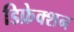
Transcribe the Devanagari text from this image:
डिफ्रेक्शन